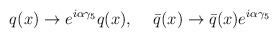
\begin{align*}q(x) \rightarrow e^{i\alpha\gamma_{5}} q(x), \hspace{.5cm}\bar{q}(x) \rightarrow \bar{q}(x) e^{i\alpha\gamma_{5}}\end{align*}